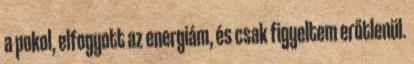
a pokol, elfogyott az energiám, és csak figyeltem erőtlenül.